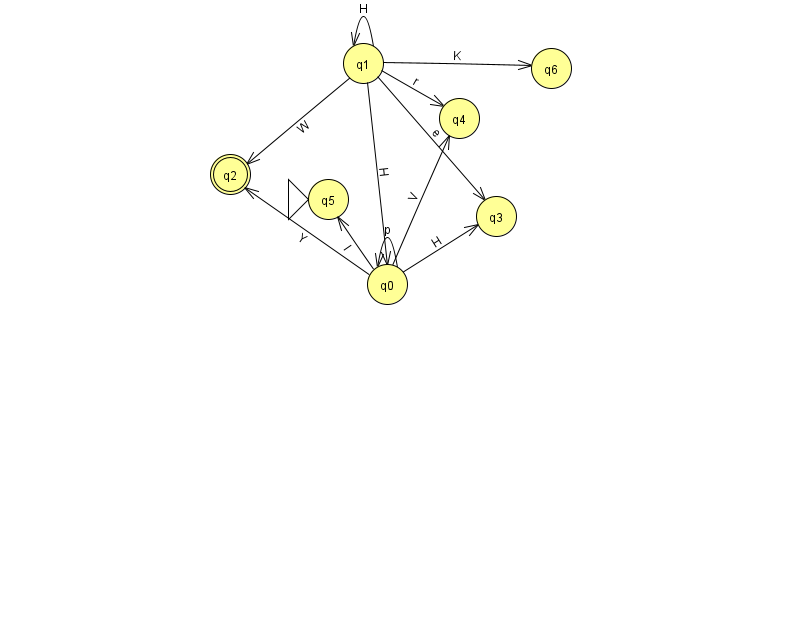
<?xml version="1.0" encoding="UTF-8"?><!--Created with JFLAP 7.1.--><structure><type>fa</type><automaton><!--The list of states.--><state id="0" name="q0"><x>387.0</x><y>271.0</y></state><state id="1" name="q1"><x>363.0</x><y>50.0</y></state><state id="2" name="q2"><x>230.0</x><y>161.0</y><final/></state><state id="3" name="q3"><x>496.0</x><y>203.0</y></state><state id="4" name="q4"><x>459.0</x><y>105.0</y></state><state id="5" name="q5"><x>328.0</x><y>186.0</y><initial/></state><state id="6" name="q6"><x>551.0</x><y>55.0</y></state><!--The list of transitions.--><transition><from>0</from><to>0</to><read>p</read></transition><transition><from>0</from><to>3</to><read>H</read></transition><transition><from>0</from><to>2</to><read>Y</read></transition><transition><from>1</from><to>4</to><read>r</read></transition><transition><from>0</from><to>4</to><read>V</read></transition><transition><from>1</from><to>0</to><read>H</read></transition><transition><from>1</from><to>1</to><read>H</read></transition><transition><from>1</from><to>2</to><read>W</read></transition><transition><from>1</from><to>3</to><read>e</read></transition><transition><from>0</from><to>5</to><read>l</read></transition><transition><from>1</from><to>6</to><read>K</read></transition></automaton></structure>